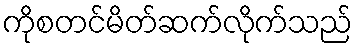
ကိုစတင်မိတ်ဆက်လိုက်သည်